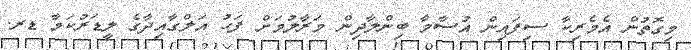
މިގޮތުން އެމެރިކާ ސިފައިން އުސާމާ ބިންލާދިން މަރާލުމަށް ފަހު އަލްގާއިދާގެ ލީޑަރުކަމާ ޑރ.